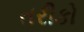
તરીકો